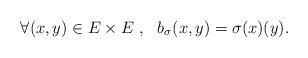
\begin{align*}\forall (x,y)\in E\times E\ , \ \ b_{\sigma} (x,y)=\sigma(x)(y).\end{align*}